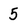
Character: 5